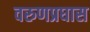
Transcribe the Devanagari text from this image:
वरुणप्रघास